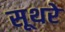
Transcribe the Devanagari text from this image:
सूथरे